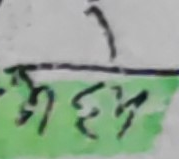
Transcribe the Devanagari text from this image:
भय